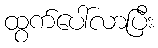
ထွက်ပေါ်လာပြီး